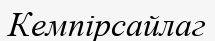
Кемпірсайлаг